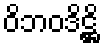
ဝိဘဝဒိဋ္ဌိ